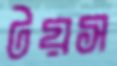
টয়স